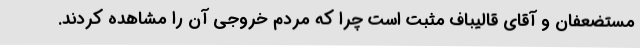
مستضعفان و آقای قالیباف مثبت است چرا که مردم خروجی آن را مشاهده کردند.